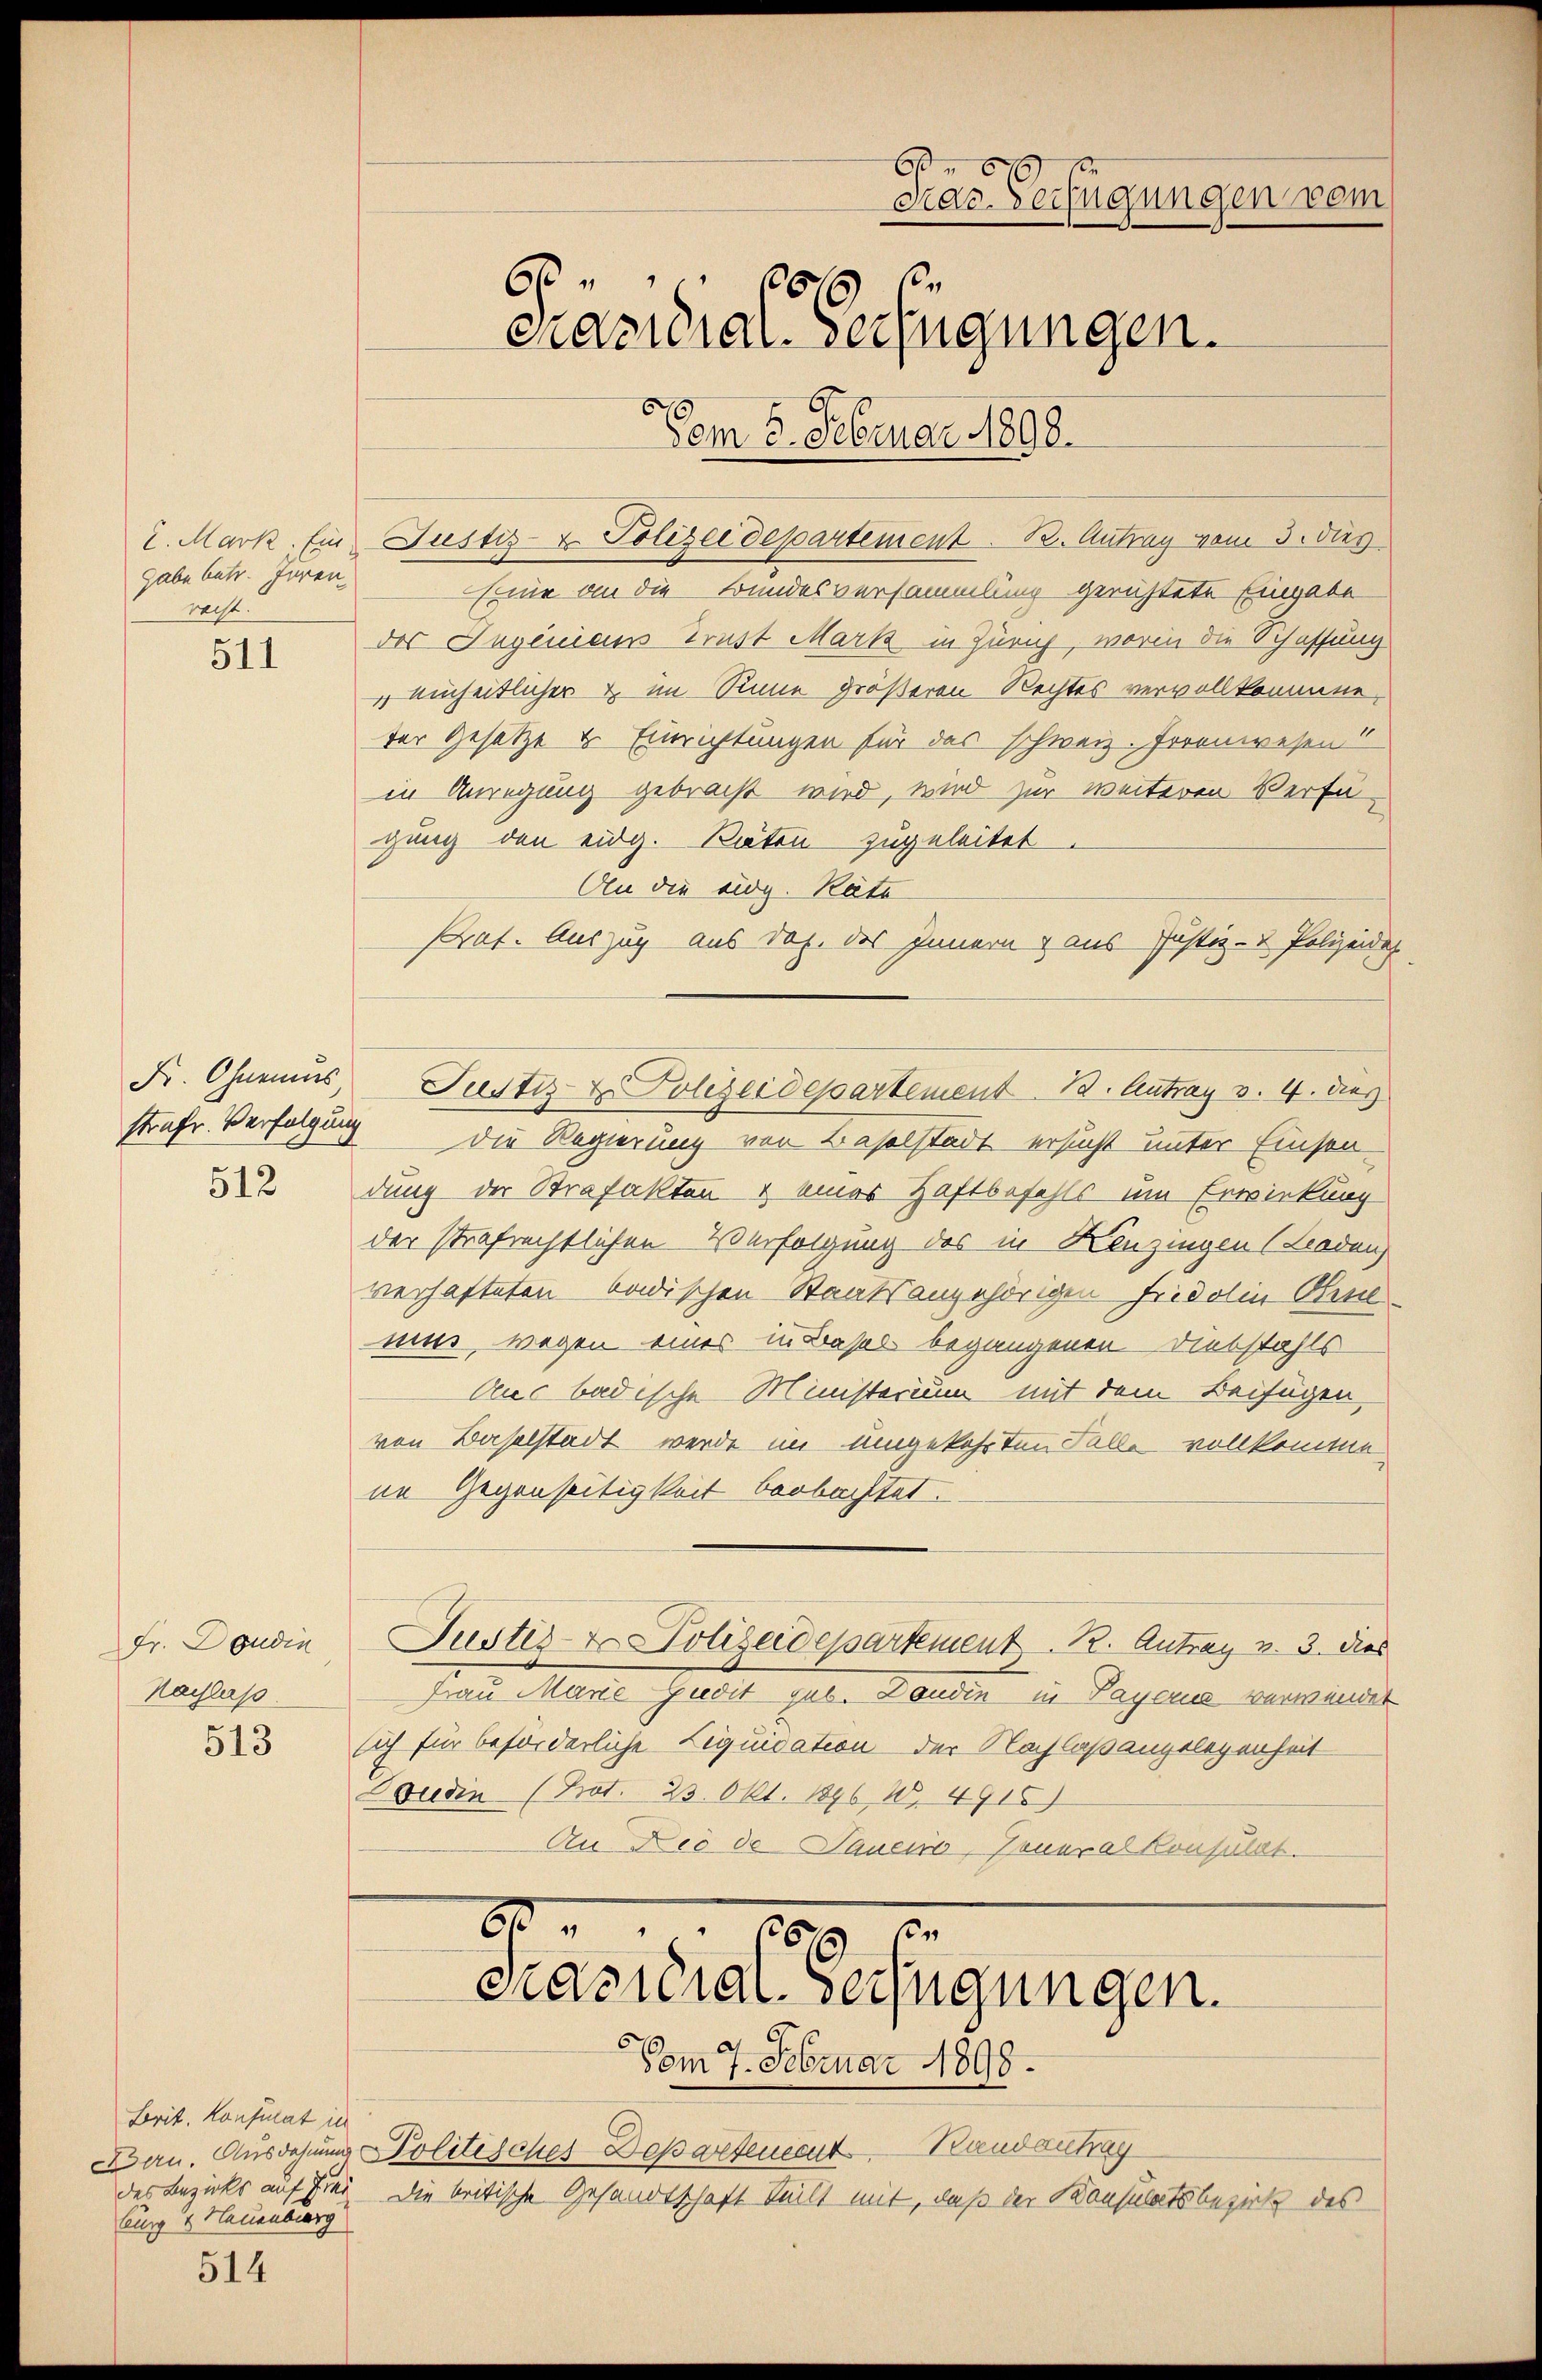
gabe betr. Jüren,
recht.

511

Fr. Ohnemus
512

Fr. Doudin
Nachlaß.

513

Brit. Konsulat in
Burg & Hauenburg

514

i. Mark. Ein Justiz- & Polizeidepartement. B. Antrag vom 3. dies
Eine an die Bundesversammlung gerichtete Eingabe
des Jugenians Trust Mark in Zürich, worin die Schaffung
 einheitlicher & im Sinne größeren Rechtes vervollkommen,
ter Gesetze u. Einrichtungen für das schweiz. Forenwesen!
in Anregung gebracht wird, wird zur weiteren Verfügung den eidg. Räten zugeleitet.
An die eidg. Räte
Prat. Auszug aus dol. des Innern & aus Justiz- & Polizeidet
Justiz & Polizeidepartement 12. Antrag v. 4. dies
strafe Verfolgung die Regierung von Baselstadt ersucht unter Einsendung der Strafakten & eines Haftbefehls um Erwirkung
der strafrechtlichen Verfolgung des in Henzingen (Laden
verhafteten badischen Staatsangehörigen Fridolin Gen
nin, wegen eines in Basel begangenen Diebstahls
Auc badische Ministerium mit dem Beifügen,
von Baselstadt werde im umgekehrten Falle vollkomme.
ne Gegenseitigkeit beobachtet.
Justiz- & Polizeidepartement. 2. Antrag v. 3. dies
Frau Marie Gudit gub. Dondin in Payer verwendet
sich für beförderliche Liquidation der Nachlaßangelegenheit
Doudin (Prot. 23. Okt. 1896, 10. 4915)
An Die de Taueis, seneralkonfüllt.

6
ciar-Verfügungen dem
6
cnacidial-Verfügungen.
Vom 5. Februar 1898.

Bau. Ausdehnungs Politisches-Departendent Randantrag
des Bezirks auf Frei die britische Gesandtschaft teilt mit, daß der Konsulatsbezirk des

60.
11
Präsidial-Verfügungen.
Vom 7. Februar 1898.